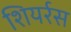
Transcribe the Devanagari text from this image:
शियर्रस